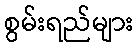
စွမ်းရည်များ